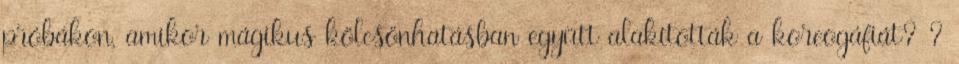
próbákon, amikor mágikus kölcsönhatásban együtt alakították a koreogáfiát? ?